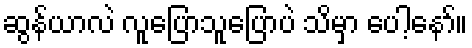
ဆွန်ယာလဲ လူပြောသူပြောပဲ သိမှာ ပေါ့နော်။